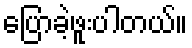
ပြောခဲ့ဖူးပါတယ်။